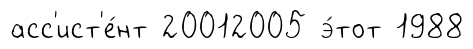
асс'ист'е́нт 20012005 э́тот 1988